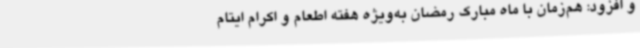
و افزود: هم‌زمان با ماه مبارک رمضان به‌ویژه هفته اطعام و اکرام ایتام